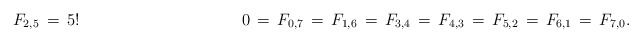
\begin{align*}F_{2,5}\,=\,5!\ \ \ \ \ \ \ \ \ \ \ \ \ \ \ \ \ \ \ \ \ \ \ \ \ \ \ \ \ \ 0\,=\,F_{0,7}\,=\,F_{1,6}\,=\,F_{3,4}\,=\,F_{4,3}\,=\,F_{5,2}\,=\,F_{6,1}\,=\,F_{7,0}.\end{align*}